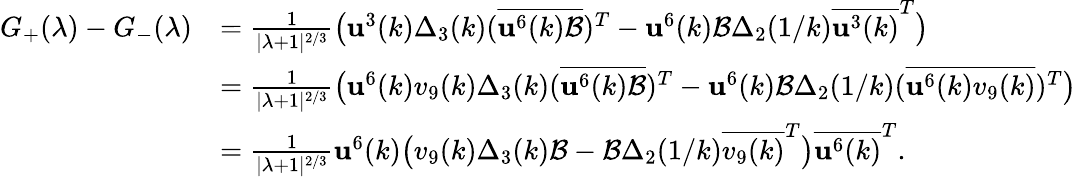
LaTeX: \begin{array}{rl}{G_{+}(\lambda)-G_{-}(\lambda)}&{=\frac{1}{|\lambda+1|^{2/3}}\big(\mathbf{u}^{3}(k)\Delta_{3}(k)(\overline{{\mathbf{u}^{6}(k)\mathcal{B}}})^{T}-\mathbf{u}^{6}(k)\mathcal{B}\Delta_{2}(1/k)\overline{{\mathbf{u}^{3}(k)}}^{T}\big)}\\ &{=\frac{1}{|\lambda+1|^{2/3}}\big(\mathbf{u}^{6}(k)v_{9}(k)\Delta_{3}(k)(\overline{{\mathbf{u}^{6}(k)\mathcal{B}}})^{T}-\mathbf{u}^{6}(k)\mathcal{B}\Delta_{2}(1/k)(\overline{{\mathbf{u}^{6}(k)v_{9}(k)}})^{T}\big)}\\ &{=\frac{1}{|\lambda+1|^{2/3}}\mathbf{u}^{6}(k)\big(v_{9}(k)\Delta_{3}(k)\mathcal{B}-\mathcal{B}\Delta_{2}(1/k)\overline{{v_{9}(k)}}^{T}\big)\overline{{\mathbf{u}^{6}(k)}}^{T}.}\end{array}